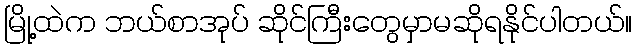
မြို့ထဲက ဘယ်စာအုပ် ဆိုင်ကြီးတွေမှာမဆိုရနိုင်ပါတယ်။